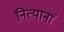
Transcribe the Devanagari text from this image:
नित्यानां